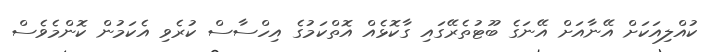
ކުއްލިއަކަށް އޭނާއަށް އޭނަގެ ބޫޓުތެރޭގައި ގާކޮޅެއް އޮތްކަމުގެ އިހްސާސް ކުރެވި އެކަމުން ކޮންމެވެސް